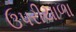
ઉપરીયાળા